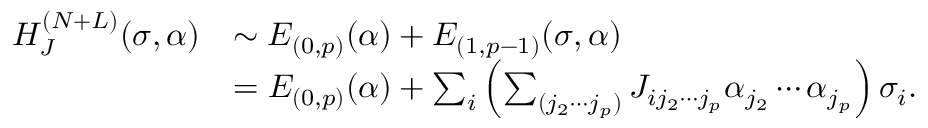
\begin{array} { r l } { H _ { J } ^ { ( N + L ) } ( \sigma , \alpha ) } & { \sim E _ { ( 0 , p ) } ( \alpha ) + E _ { ( 1 , p - 1 ) } ( \sigma , \alpha ) } \\ & { = E _ { ( 0 , p ) } ( \alpha ) + \sum _ { i } \left( \sum _ { ( j _ { 2 } \cdots j _ { p } ) } J _ { i j _ { 2 } \cdots j _ { p } } \alpha _ { j _ { 2 } } \cdots \alpha _ { j _ { p } } \right) \sigma _ { i } . } \end{array}